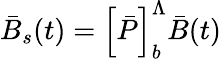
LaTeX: \bar{B}_{s}(t)=\left[\bar{P}\right]_{b}^{\Lambda}\bar{B}(t)